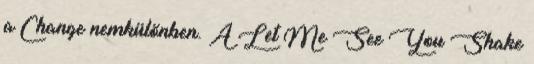
a Change nemkülönben. A Let Me See You Shake